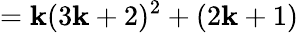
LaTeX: =\mathbf{k}(3\mathbf{k}+2)^{2}+(2\mathbf{k}+1)